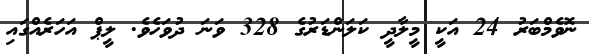
ނޮވެމްބަރު 24 އަކީ މީލާދީ ކަލަންޑަރުގެ 328 ވަނަ ދުވަހެވެ. ލީޕް އަހަރެއްގައި